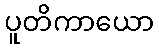
ပူတိကာယော